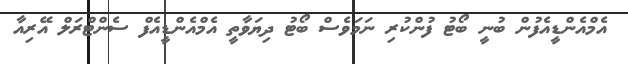
އެމްއެންޑީއެފުން ބުނީ ބޯޓު ފުންކުރި ނަމަވެސް ބޯޓު ދިޔަވާތީ އެމްއެންޑީއެފް ސެންޓްރަލް އޭރިއާ